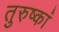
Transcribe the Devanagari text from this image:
तुरुष्कां